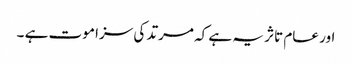
اور عام تاثر یہ ہے کہ مرتد کی سزا موت ہے ۔